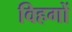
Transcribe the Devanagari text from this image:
विहगों